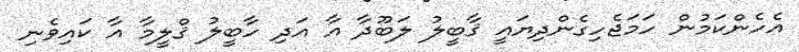
އެހެންކަމުން ހަމަޖެހިގެންދިޔައީ ޤާބީލު ލަބޫދާ އާ އަދި ހާބީލު ޤްލީމާ އާ ކައިވެނި